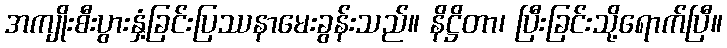
အကျိုးစီးပွားနှံ့ခြင်းပြဿနာမေးခွန်းသည်။ နိဋ္ဌိတာ၊ ပြီးခြင်းသို့ရောက်ပြီ။